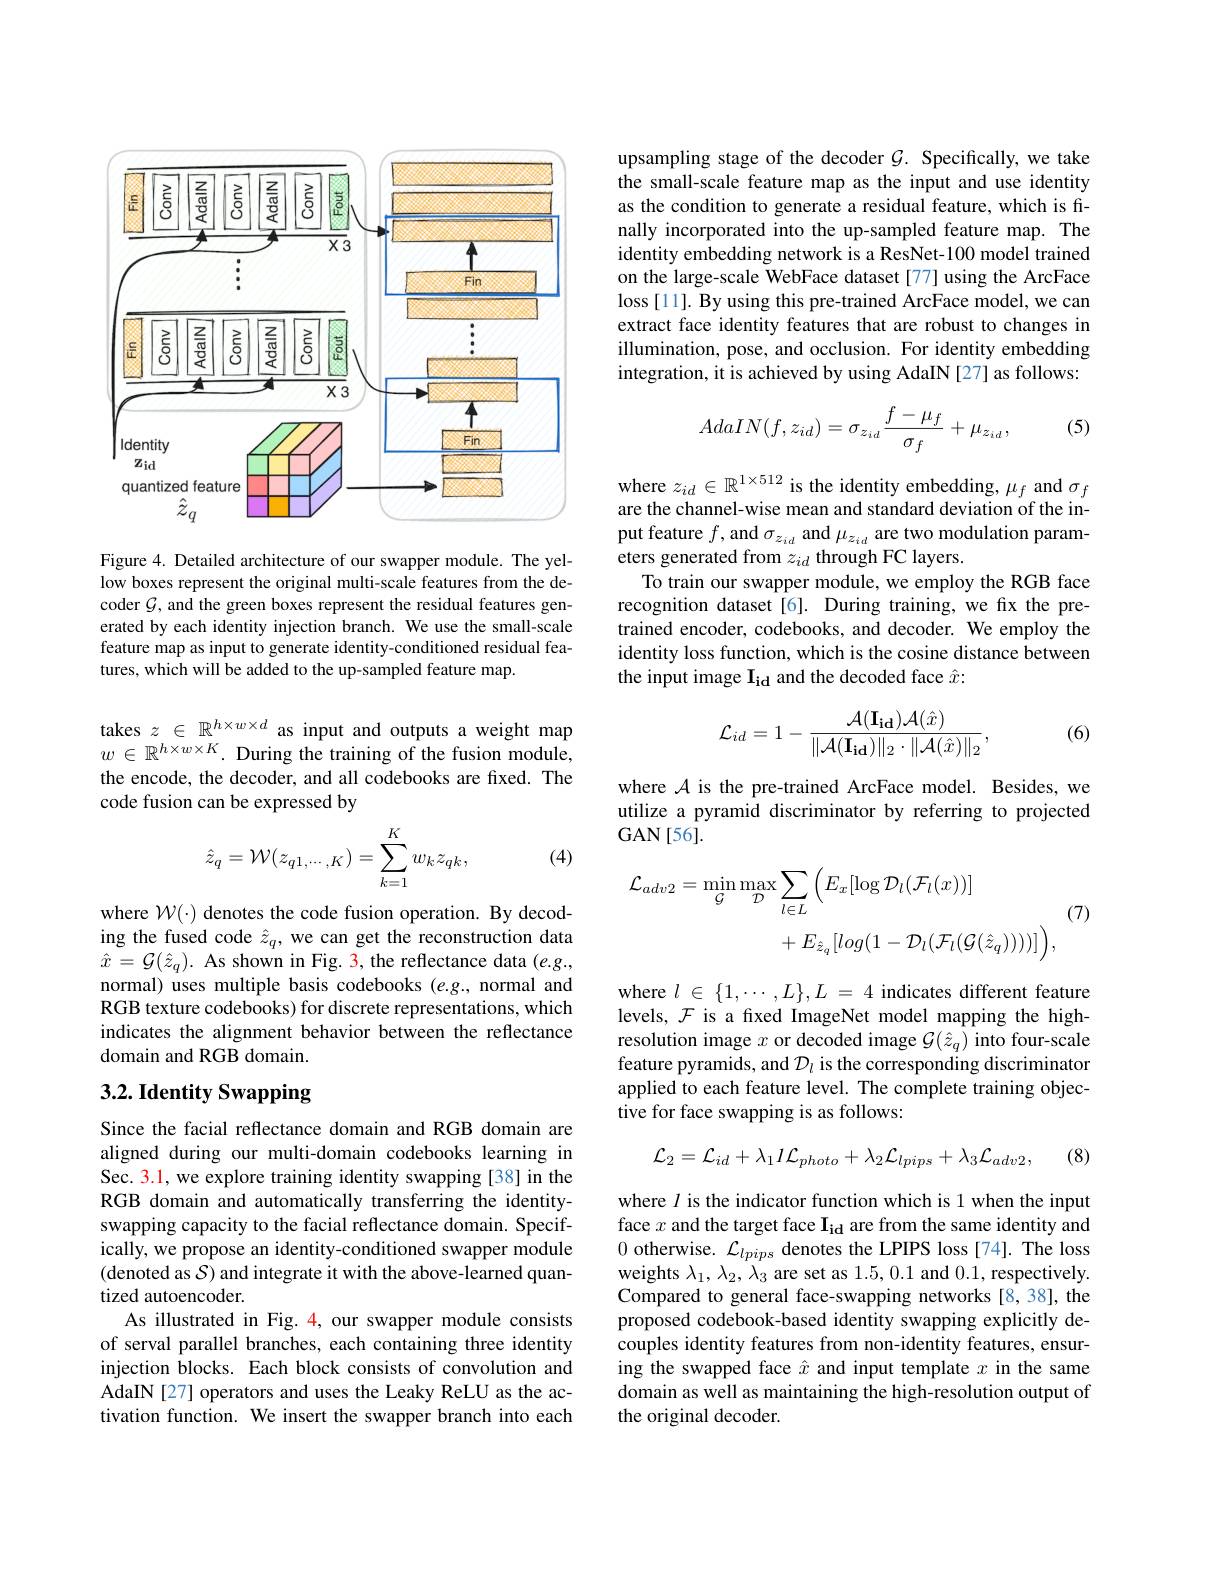
<FigureHere>

Figure 4. Detailed architecture of our swapper module. The yellow boxes represent the original multi-scale features from the decoder $\mathcal{G}$, and the green boxes represent the residual features generated by each identity injection branch. We use the small-scale feature map as input to generate identity-conditioned residual features, which will be added to the up-sampled feature map.

takes $z\in\mathbb{R}^{h\times w\times d}$ as input and outputs a weight map $w\in\mathbb{R}^{h\times w\times K}.$ During the training of the fusion module, the encode, the decoder, and all codebooks are fixed. The code fusion can be expressed by

(4)
$$\hat{z}_q=\mathcal{W}(z_{q1,\cdots,K})=\sum_{k=1}^Kw_kz_{qk},$$
where $\mathcal{W}(\cdot)$ denotes the code fusion operation. By decoding the fused code $\hat{z}_q$, we can get the reconstruction data $\hat{x}=\mathcal{G}(\hat{z}_{q}).$ As shown in Fig. 3, the reflectance data $(e.g.$, normal) uses multiple basis codebooks $(e.g.$, normal and RGB texture codebooks) for discrete representations, which indicates the alignment behavior between the reflectance domain and RGB domain.

# 3.2. Identity Swapping

Since the facial reflectance domain and RGB domain are aligned during our multi-domain codebooks learning in Sec. 3.1, we explore training identity swapping [38] in the RGB domain and automatically transferring the identityswapping capacity to the facial reflectance domain. Specifically, we propose an identity-conditioned swapper module (denoted as $\mathcal{S})$ and integrate it with the above-learned quantized autoencoder.
As illustrated in Fig. 4, our swapper module consists of serval parallel branches, each containing three identity injection blocks. Each block consists of convolution and AdaIN[27] operators and uses the Leaky ReLU as the activation function. We insert the swapper branch into each

upsampling stage of the decoder $\mathcal{G}.$ Specifically, we take the small-scale feature map as the input and use identity as the condition to generate a residual feature, which is finally incorporated into the up-sampled feature map. The identity embedding network is a ResNet-100 model trained on the large-scale WebFace dataset [77] using the ArcFace loss [11]. By using this pre-trained ArcFace model, we can extract face identity features that are robust to changes in illumination, pose, and occlusion. For identity embedding integration, it is achieved by using AdaIN [27] as follows:

(5)
$$AdaIN(f,z_{id})=\sigma_{z_{id}}\frac{f-\mu_f}{\sigma_f}+\mu_{z_{id}},$$
where $z_id\in\mathbb{R}^{1\times512}$ is the identity embedding, $\mu_f$ and $\sigma_f$ are the channel-wise mean and standard deviation of the input feature $f$, and $\sigma_z_{id}$ and $\mu_{z_{id}}$ are two modulation parameters generated from $z_id$ through FC layers.
To train our swapper module, we employ the RGB face recognition dataset[6]. During training, we fix the pretrained encoder, codebooks, and decoder. We employ the identity loss function, which is the cosine distance between the input image $\mathbf{I}_{\mathbf{id}}$ and the decoded face $\hat{x}:$
$$\mathcal{L}_{id}=1-\frac{\mathcal{A}(\mathbf{I_{id}})\mathcal{A}(\hat{x})}{\|\mathcal{A}(\mathbf{I_{id}})\|_{2}\cdot\|\mathcal{A}(\hat{x})\|_{2}},$$
(6)

where $\mathcal{A}$ is the pre-trained ArcFace model. Besides, we utilize a pyramid discriminator by referring to projected GAN[56].
$$\begin{aligned}\mathcal{L}_{adv2}&=\operatorname*{min}_{\mathcal{G}}\operatorname*{max}_{\mathcal{D}}\sum_{l\in L}\Big(E_{x}[\operatorname{log}\mathcal{D}_{l}(\mathcal{F}_{l}(x))]\\&&\text{(7)}\\&+E_{\hat{z}_{q}}[log(1-\mathcal{D}_{l}(\mathcal{F}_{l}(\mathcal{G}(\hat{z}_{q}))))]\Big),\end{aligned}$$
where $l\in\{1,\cdots,L\},L=4$ indicates different feature levels, $\mathcal{F}$ is a fixed ImageNet model mapping the highresolution image $x$ or decoded image $\mathcal{G}(\hat{z}_q)$ into four-scale feature pyramids, and $\mathcal{D}_l$ is the corresponding discriminator applied to each feature level. The complete training objective for face swapping is as follows:
$$\mathcal{L}_{2}=\mathcal{L}_{id}+\lambda_{1}I\mathcal{L}_{photo}+\lambda_{2}\mathcal{L}_{lpips}+\lambda_{3}\mathcal{L}_{adv2},$$
(8)

where $l$ is the indicator function which is 1 when the input face $x$ and the target face $\mathbf I_id$ are from the same identity and 0 otherwise. $\mathcal{L}_lpips$ denotes the LPIPS loss[74]. The loss weights $\lambda_1,\lambda_2,\lambda_3$ are set as 1.5,0.1 and 0.1, respectively. Compared to general face-swapping networks [8,38], the proposed codebook-based identity swapping explicitly decouples identity features from non-identity features, ensuring the swapped face $\hat{x}$ and input template $x$ in the same domain as well as maintaining the high-resolution output of the original decoder.